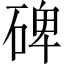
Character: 碑